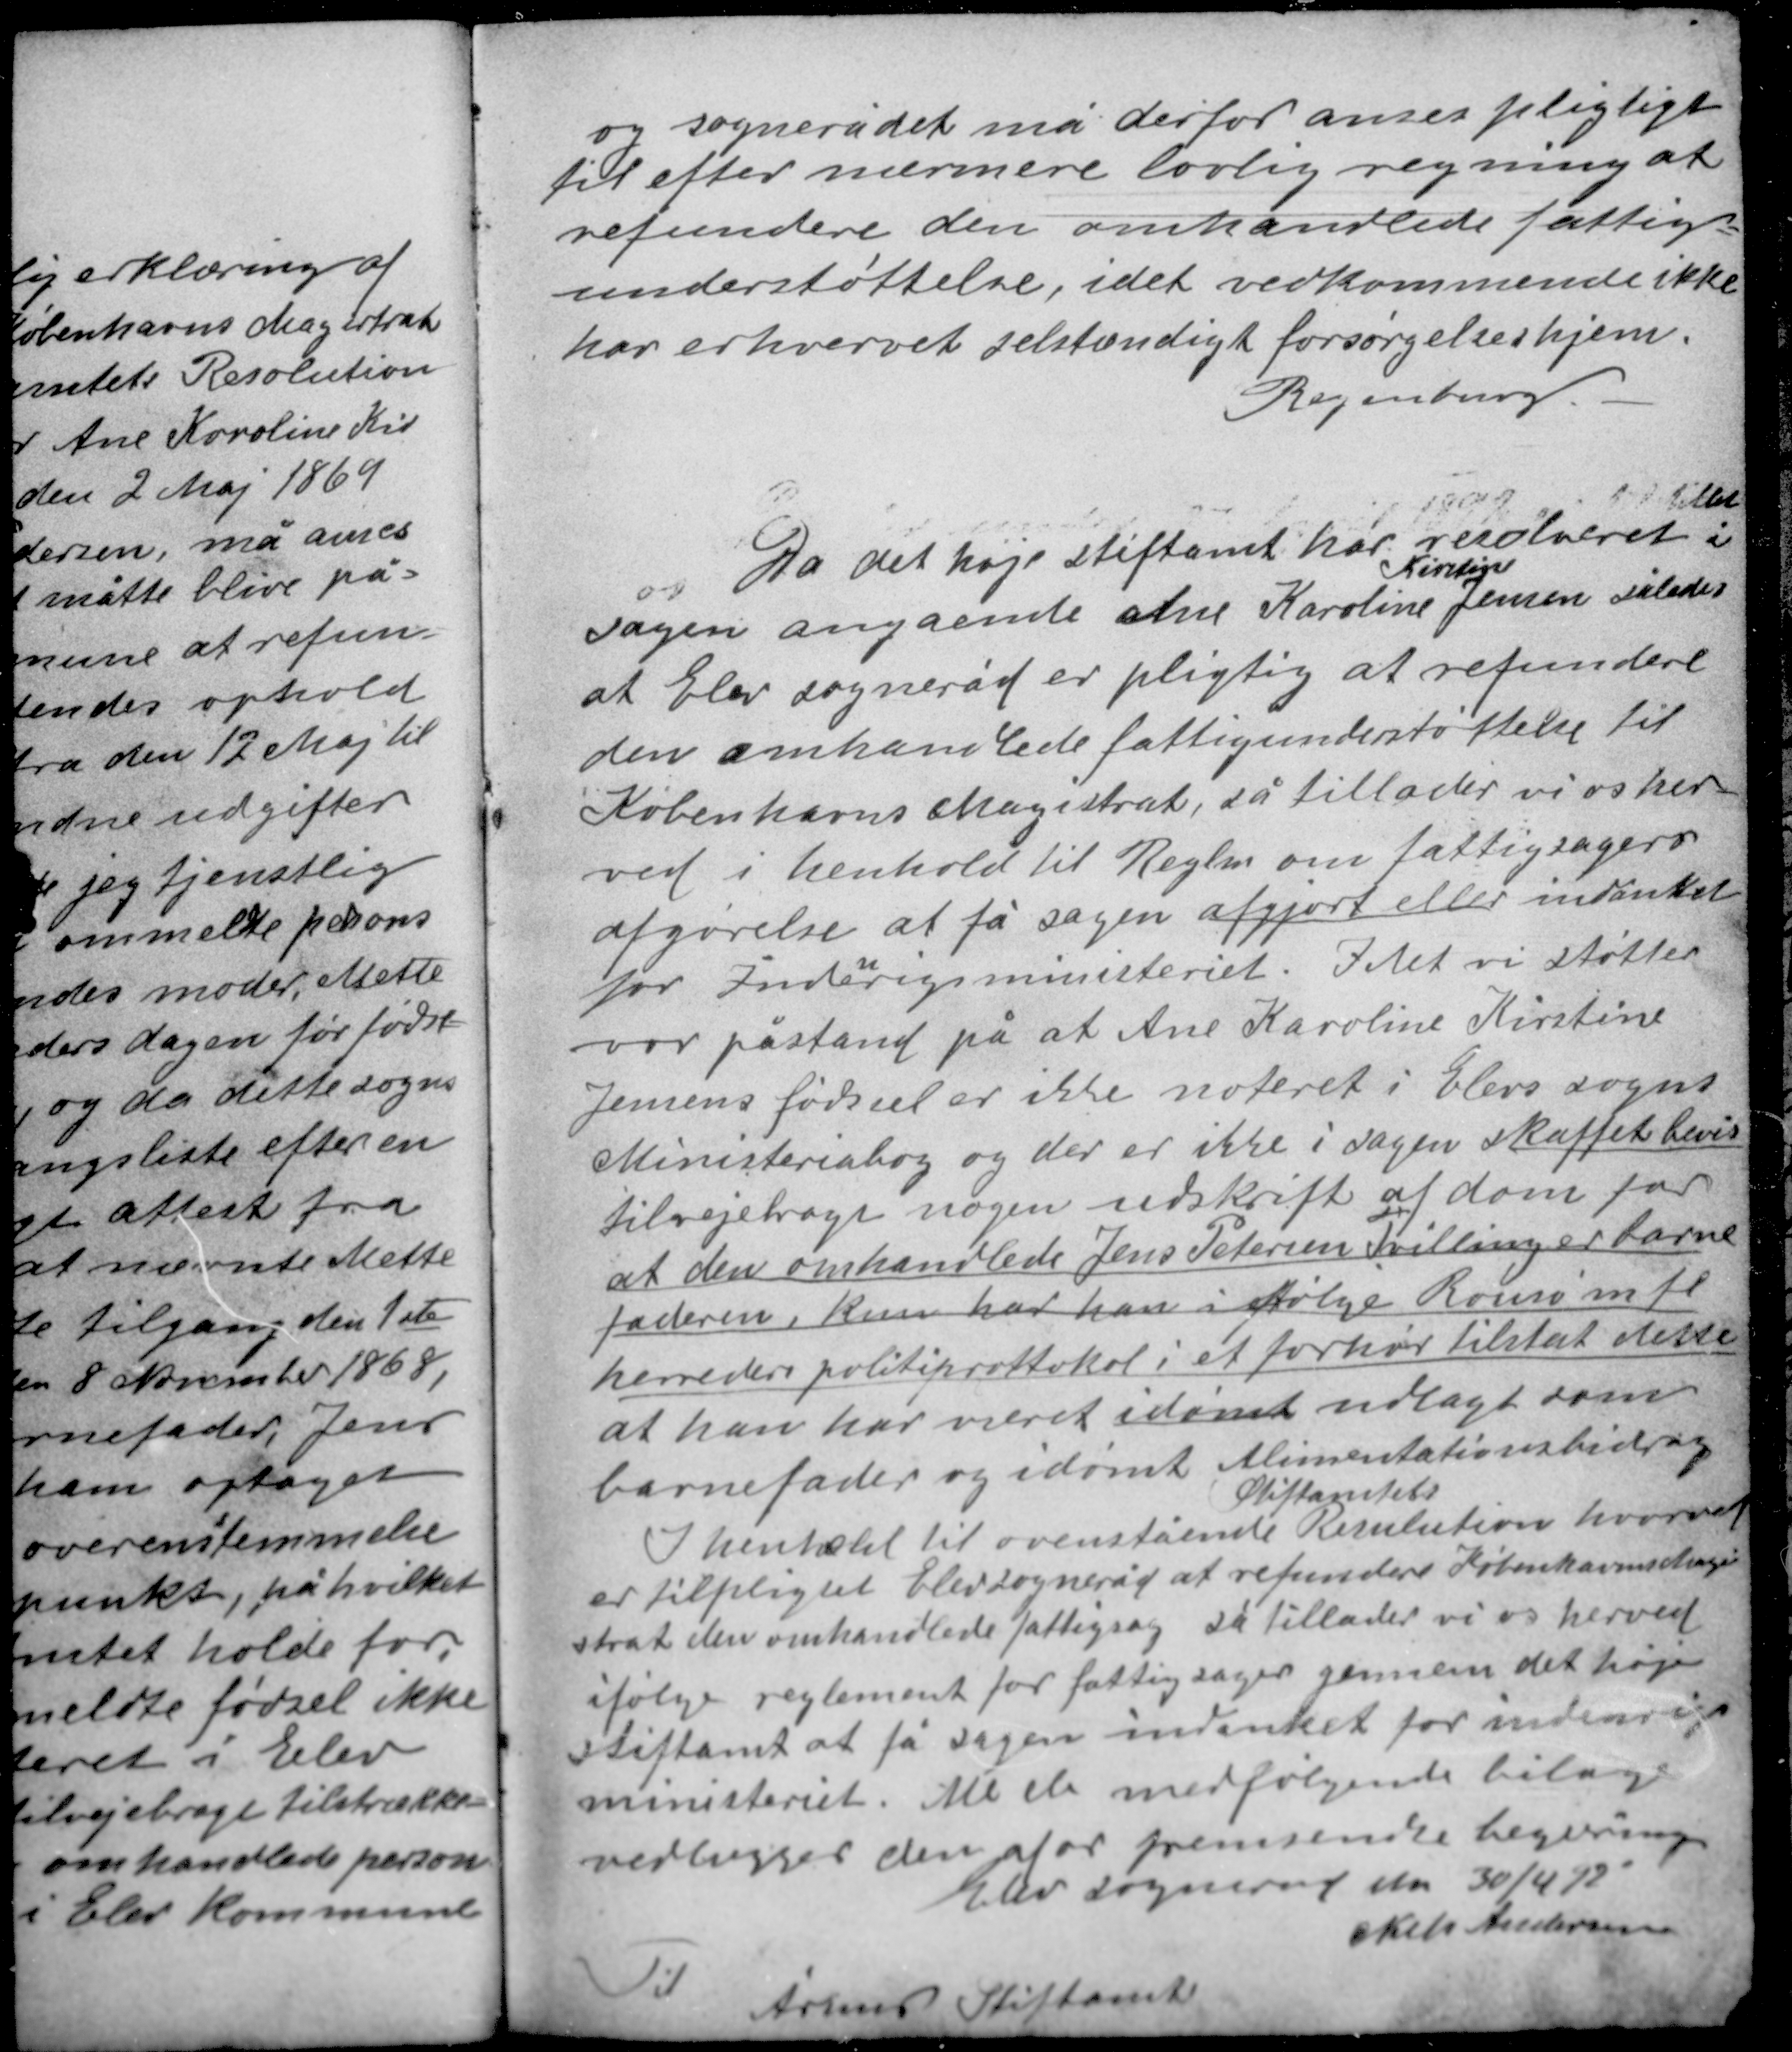
Transskription:
og sognerådet må derfor anses pligtige
til efter nærmere lovlig regning af
refundere den omhandlede fattig-
understøttelse, idet vedkommende ikke
har erhvervet selvstændigt forsørgelseshjem.
Regenburg

Da det høje stiftamt har resolveret i
Kirstine
sagen angående Ane Karoline Jensen således
at Elev sogneråd er pligtig at refundere
den omhandlede fattigunderstøttelse til
Københavns Magistrat, så tillader vi os her-
ved i henhold til Reglen om fattigsagers
afgørelse at få sagen afgjort eller indanket
for Indenrigsministeriet. Idet vi støtter
vor påstand på at Ane Karoline Kirstine

Jensens fødsel er ikke noteret i Elevs sogns
Ministerialbog og der er ikke i sagen skaffet bevis
tilvejebragt nogen udskrift af dom for
at den omhandlede Jens Petersen Tvilling er barne
faderen, kun har han ifølge Rougsø mfl
herreders politiprottokol i et forhør tilståt dette
at han har været idømt udlagt som
barnefader og idømt Alimentationsbidrag.
Stiftamts
I henhold til ovnstående Resulution hvorved
er tilpligtet Elev sogneråd at refundere Københavns Magi-
strat den omhandlede fattigsag så tillader vi os herved
ifølge reglement for fattigsager gennem det høje
stiftamt at få sagen indanket for indenrigs
ministeriet. Alle de medfølgende bilage
vedlægges den af os fremsendte begæring
Elev sogneråd den 30/4 92
Niels Andersen
Til
Århus Stiftamt